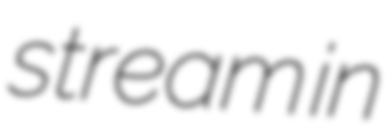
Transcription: stream in